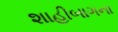
શાહીબાગના